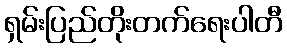
ရှမ်းပြည်တိုးတက်ရေးပါတီ